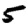
Digit: 5